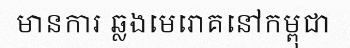
មានការ ឆ្លងមេរោគនៅកម្ពុជា